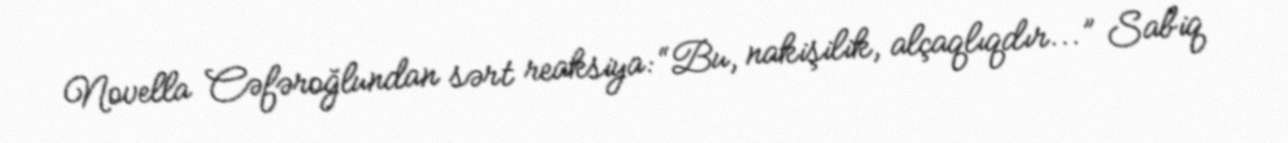
Novella Cəfəroğlundan sərt reaksiya: “Bu, nakişilik, alçaqlıqdır...” Sabiq